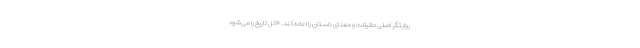
روایتگر اصلیْ حقیقت و معنای داستان را اعاده کند. «کل تاریخ را می‌شود